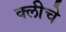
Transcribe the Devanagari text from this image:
क्लीचे